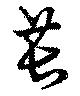
萇